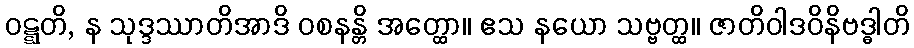
ဝဋ္ဋတိ, န သုဒ္ဒဿာတိအာဒိ ဝစနန္တိ အတ္ထော။ ဧသ နယော သဗ္ဗတ္ထ။ ဇာတိဝါဒဝိနိဗဒ္ဓါတိ